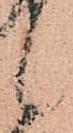
候